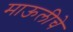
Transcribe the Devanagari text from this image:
माऊलीचे